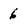
Character: 6